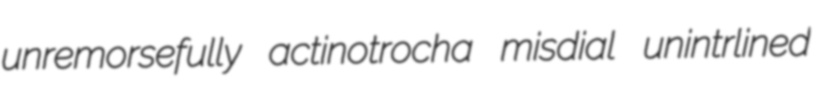
unremorsefully actinotrocha misdial unintrlined